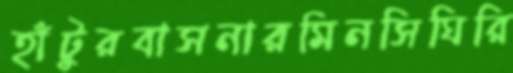
হাঁটুরবাসনারমিনসিঘিরি